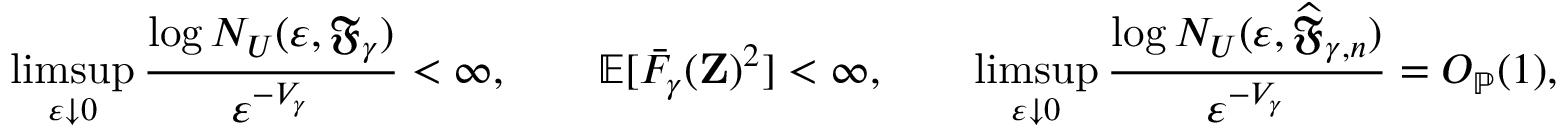
\operatorname* { l i m s u p } _ { \varepsilon \downarrow 0 } \frac { \log N _ { U } ( \varepsilon , \mathfrak { F } _ { \gamma } ) } { \varepsilon ^ { - V _ { \gamma } } } < \infty , \qquad \mathbb { E } [ \bar { F } _ { \gamma } ( \mathbf { Z } ) ^ { 2 } ] < \infty , \qquad \operatorname* { l i m s u p } _ { \varepsilon \downarrow 0 } \frac { \log N _ { U } ( \varepsilon , \widehat { \mathfrak { F } } _ { \gamma , n } ) } { \varepsilon ^ { - V _ { \gamma } } } = O _ { \mathbb { P } } ( 1 ) ,